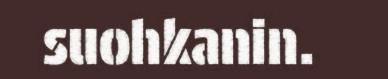
suohkanin.